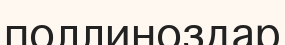
поллиноздар